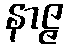
နာဇ္ဇ